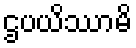
ဌပယိဿာမိ